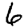
Digit: 6